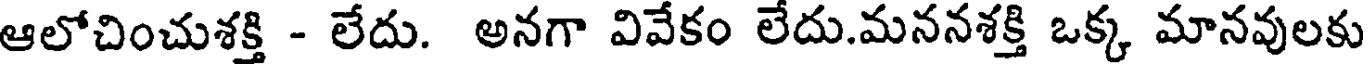
ఆలోచించుశక్తి - లేదు. అనగా వివేకం లేదు.మననశక్తి ఒక్క మానవులకు